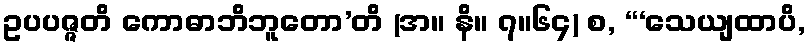
ဥပပဇ္ဇတိ ကောဓာဘိဘူတော’တိ (အ။ နိ။ ၇။၆၄) စ, “‘သေယျထာပိ,